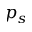
p _ { s }